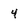
Character: 4